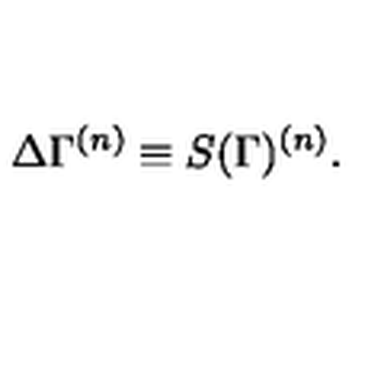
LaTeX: \Delta \Gamma ^ { ( n ) } \equiv S ( \Gamma ) ^ { ( n ) } .